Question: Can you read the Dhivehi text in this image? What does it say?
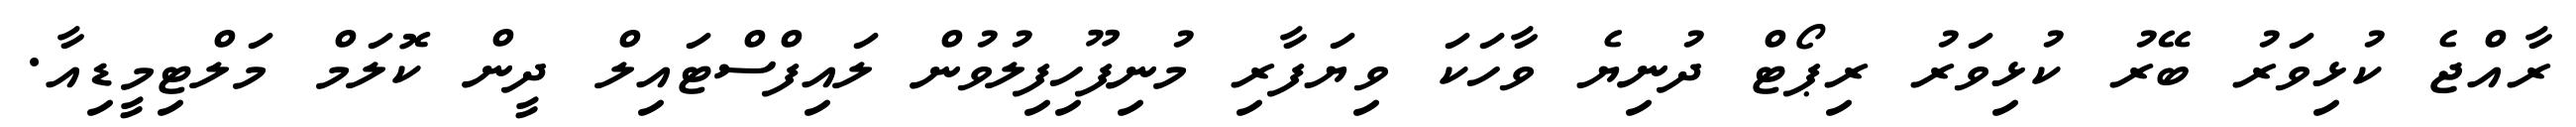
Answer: ރާއްޖެ ކުޅިވަރު ބޭރު ކުޅިވަރު ރިޕޯޓް ދުނިޔެ ވާހަކަ ވިޔަފާރި މުނިފޫހިފިލުވުން ލައިފްސްޓައިލް ދީން ކޮލަމް މަލްޓިމީޑިއާ.